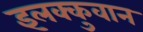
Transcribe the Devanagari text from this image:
इलक्कुवान